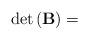
LaTeX: \begin{align*}\mbox{det}\left(\mathbf{B}\right)=\end{align*}